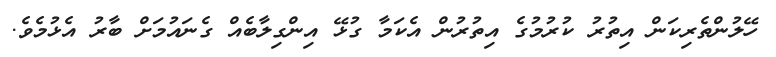
ހޭލުންތެރިކަން އިތުރު ކުރުމުގެ އިތުރުން އެކަމާ ގުޅޭ އިންގިލާބެއް ގެނައުމަށް ބާރު އެޅުމެވެ.